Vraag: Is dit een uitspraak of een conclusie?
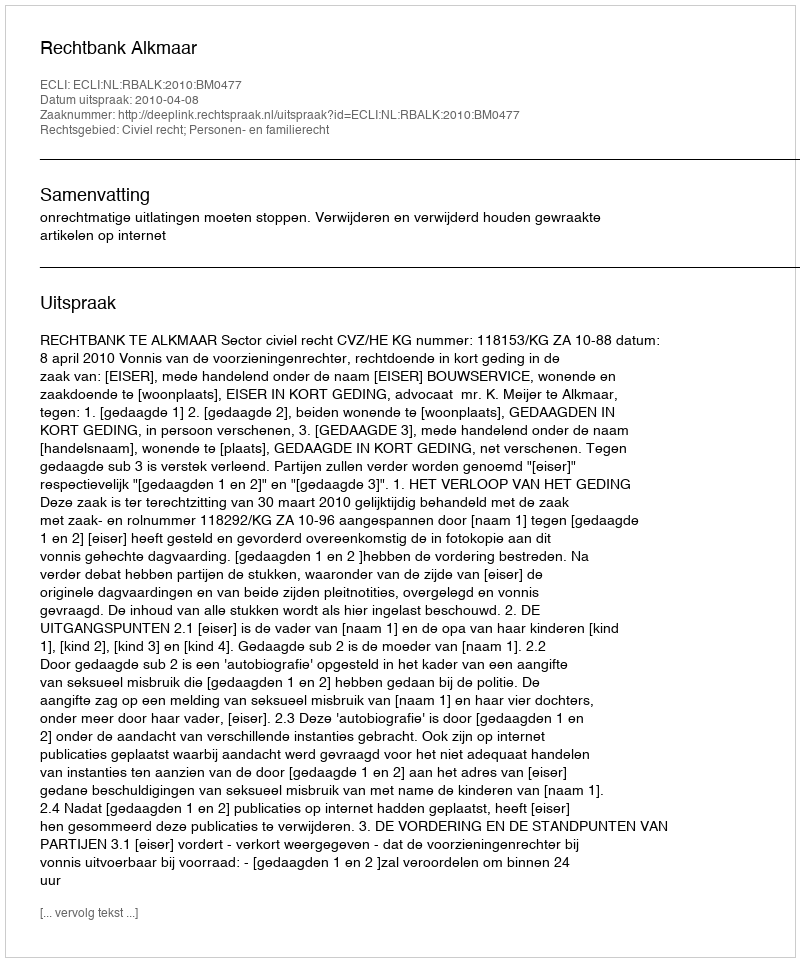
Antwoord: Uitspraak